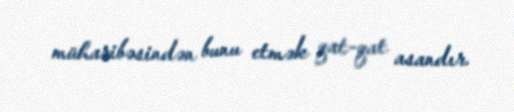
müharibəsindən bunu etmək qat-qat asandır.